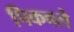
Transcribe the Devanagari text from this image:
पिकवले